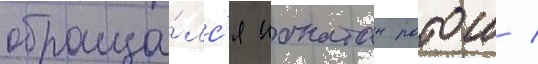
обраща́лс'я ионатан ратош /